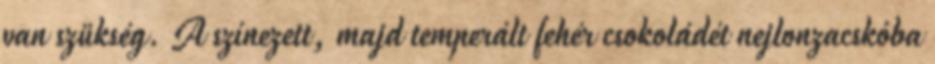
van szükség. A színezett, majd temperált fehér csokoládét nejlonzacskóba